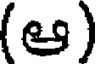
(ఆ)